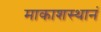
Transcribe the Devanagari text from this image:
माकाशस्थानं